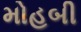
મોહબી